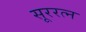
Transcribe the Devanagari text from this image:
सूररत्‍न